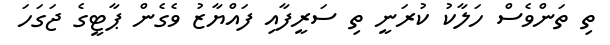
ތި ތަންވެސް ހަލާކު ކުރަނީ ތި ސަރީފާއި ފައްޔާޒު ވެގެން ޕާޓީގެ ޖަގަހަ